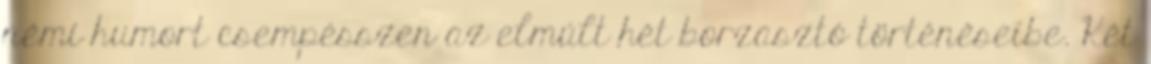
némi humort csempésszen az elmúlt hét borzasztó történéseibe. Két